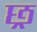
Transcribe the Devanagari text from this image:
छ्र